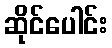
ဆိုင်ပေါင်း